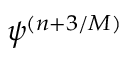
\psi ^ { ( n + 3 / { \cal M } ) }